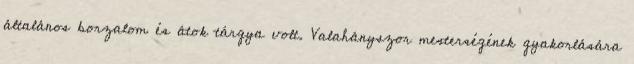
általános borzalom és átok tárgya volt. Valahányszor mesterségének gyakorlására